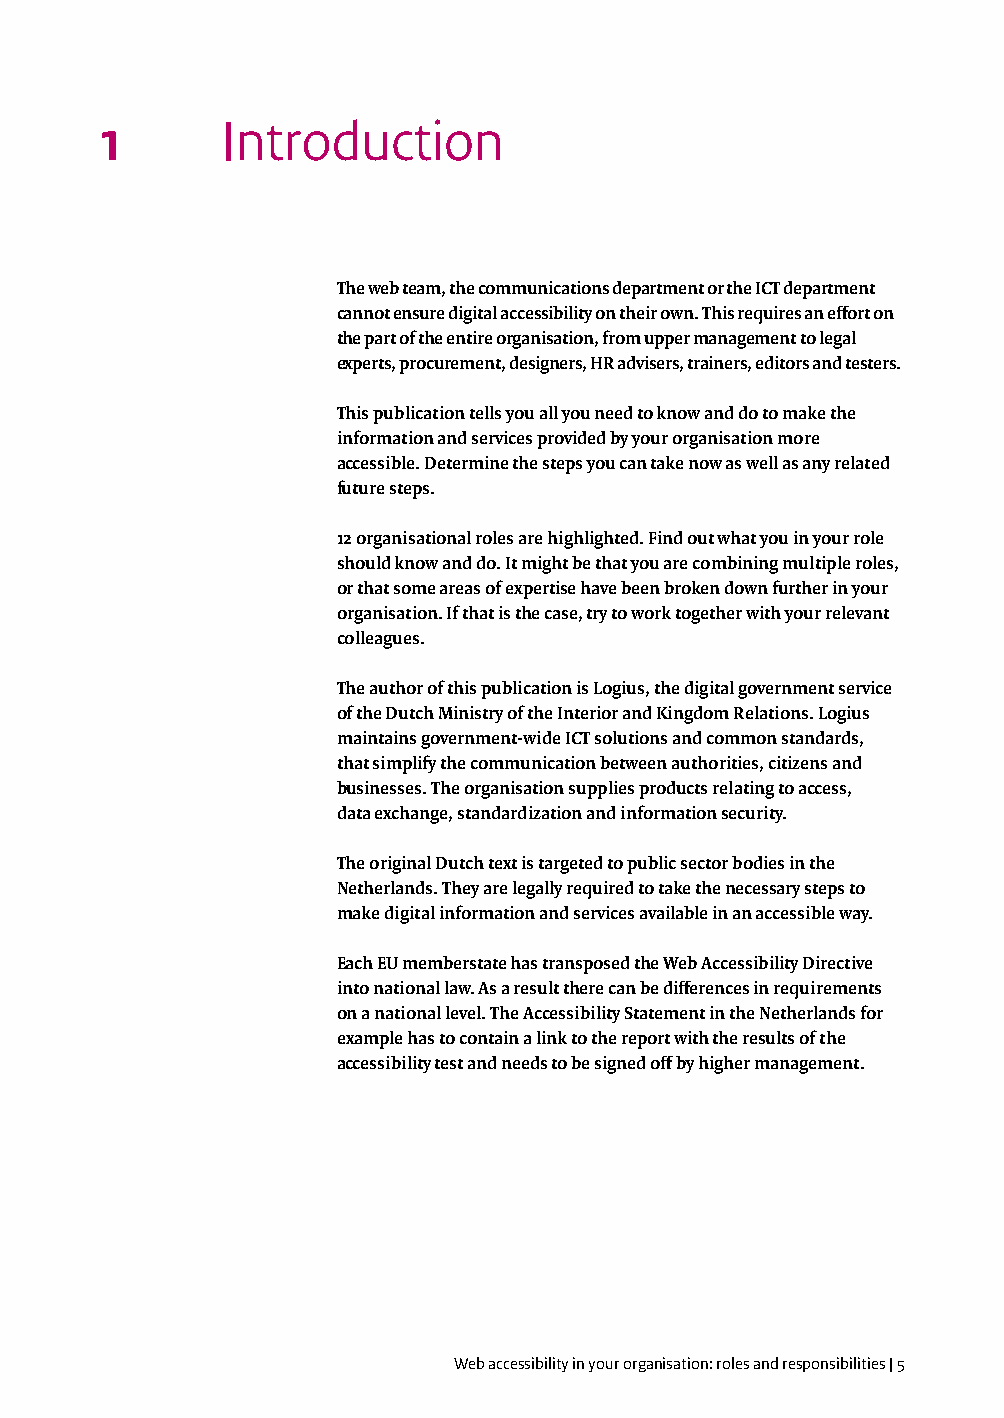
1       Introduction
 The web team, the communications department or the ICT department
 cannot ensure digital accessibility on their own. This requires an effort on
 the part of the entire organisation, from upper management to legal
 experts, procurement, designers, HR advisers, trainers, editors and testers.
 This publication tells you all you need to know and do to make the
 information and services provided by your organisation more
 accessible. Determine the steps you can take now as well as any related
 future steps.
 12 organisational roles are highlighted. Find out what you in your role
 should know and do. It might be that you are combining multiple roles,
 or that some areas of expertise have been broken down further in your
 organisation. If that is the case, try to work together with your relevant
 colleagues.
 The author of this publication is Logius, the digital government service
 of the Dutch Ministry of the Interior and Kingdom Relations. Logius
 maintains government-wide ICT solutions and common standards,
 that simplify the communication between authorities, citizens and
 businesses. The organisation supplies products relating to access,
 data exchange, standardization and information security.
 The original Dutch text is targeted to public sector bodies in the
 Netherlands. They are legally required to take the necessary steps to
 make digital information and services available in an accessible way.
 Each EU memberstate has transposed the Web Accessibility Directive
 into national law. As a result there can be differences in requirements
 on a national level. The Accessibility Statement in the Netherlands for
 example has to contain a link to the report with the results of the
 accessibility test and needs to be signed off by higher management.
 Web accessibility in your organisation: roles and responsibilities | 5